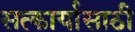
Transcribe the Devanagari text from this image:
सत्कार्यासाठी